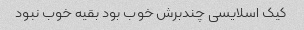
کیک اسلایسی چندبرش خوب بود بقیه خوب نبود